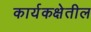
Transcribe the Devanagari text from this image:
कार्यकक्षेतील